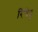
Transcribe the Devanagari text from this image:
रिंगेट्ट